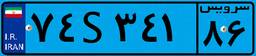
۷۴S۳۴۱۸۶